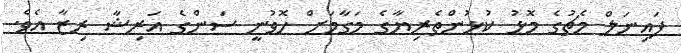
ފައިނަލް މެޗުގެ މޮޅު ކުޅުންތެރިޔާގެ މަގާމަށް ހޮވުނީ ސަންގެ އަރިޝާ ރިޒާ އެވެ.